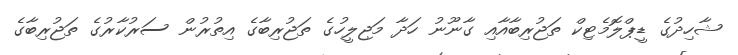
ޝާހިދުގެ ޑީޕްލޮމެޓިކް ތަޖުރިބާއާއި ގާނޫނު ހަދާ މަޖިލީހުގެ ތަޖުރިބާގެ އިތުރުން ސަރުކާރުގެ ތަޖުރިބާގެ